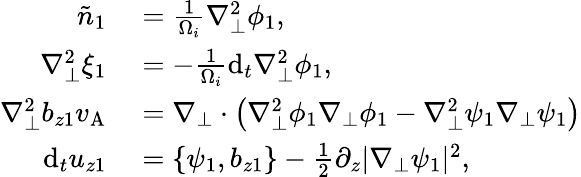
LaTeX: \begin{array}{rl}{\tilde{n}_{1}}&{{}=\frac{1}{\Omega_{i}}\nabla_{\perp}^{2}\phi_{1},}\\ {\nabla_{\perp}^{2}\xi_{1}}&{{}=-\frac{1}{\Omega_{i}}\mathrm{d}_{t}\nabla_{\perp}^{2}\phi_{1},}\\ {\nabla_{\perp}^{2}b_{z1}v_{\mathrm{A}}}&{{}=\nabla_{\perp}\cdot\left(\nabla_{\perp}^{2}\phi_{1}\nabla_{\perp}\phi_{1}-\nabla_{\perp}^{2}\psi_{1}\nabla_{\perp}\psi_{1}\right)}\\ {\mathrm{d}_{t}u_{z1}}&{{}=\{ \psi_{1},b_{z1}\} -\frac{1}{2}\partial_{z}|\nabla_{\perp}\psi_{1}|^{2},}\end{array}